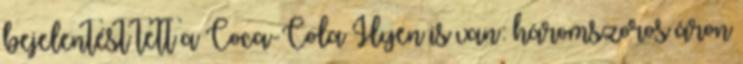
bejelentést tett a Coca-Cola Ilyen is van: háromszoros áron